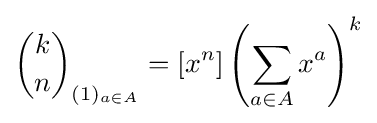
{\binom {k}{n}}_{(1)_{a\in A}}=[x^{n}]\left(\sum _{a\in A}x^{a}\right)^{k}